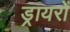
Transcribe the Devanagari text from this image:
ड्रायरों